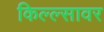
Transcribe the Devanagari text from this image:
किल्ल्सावर